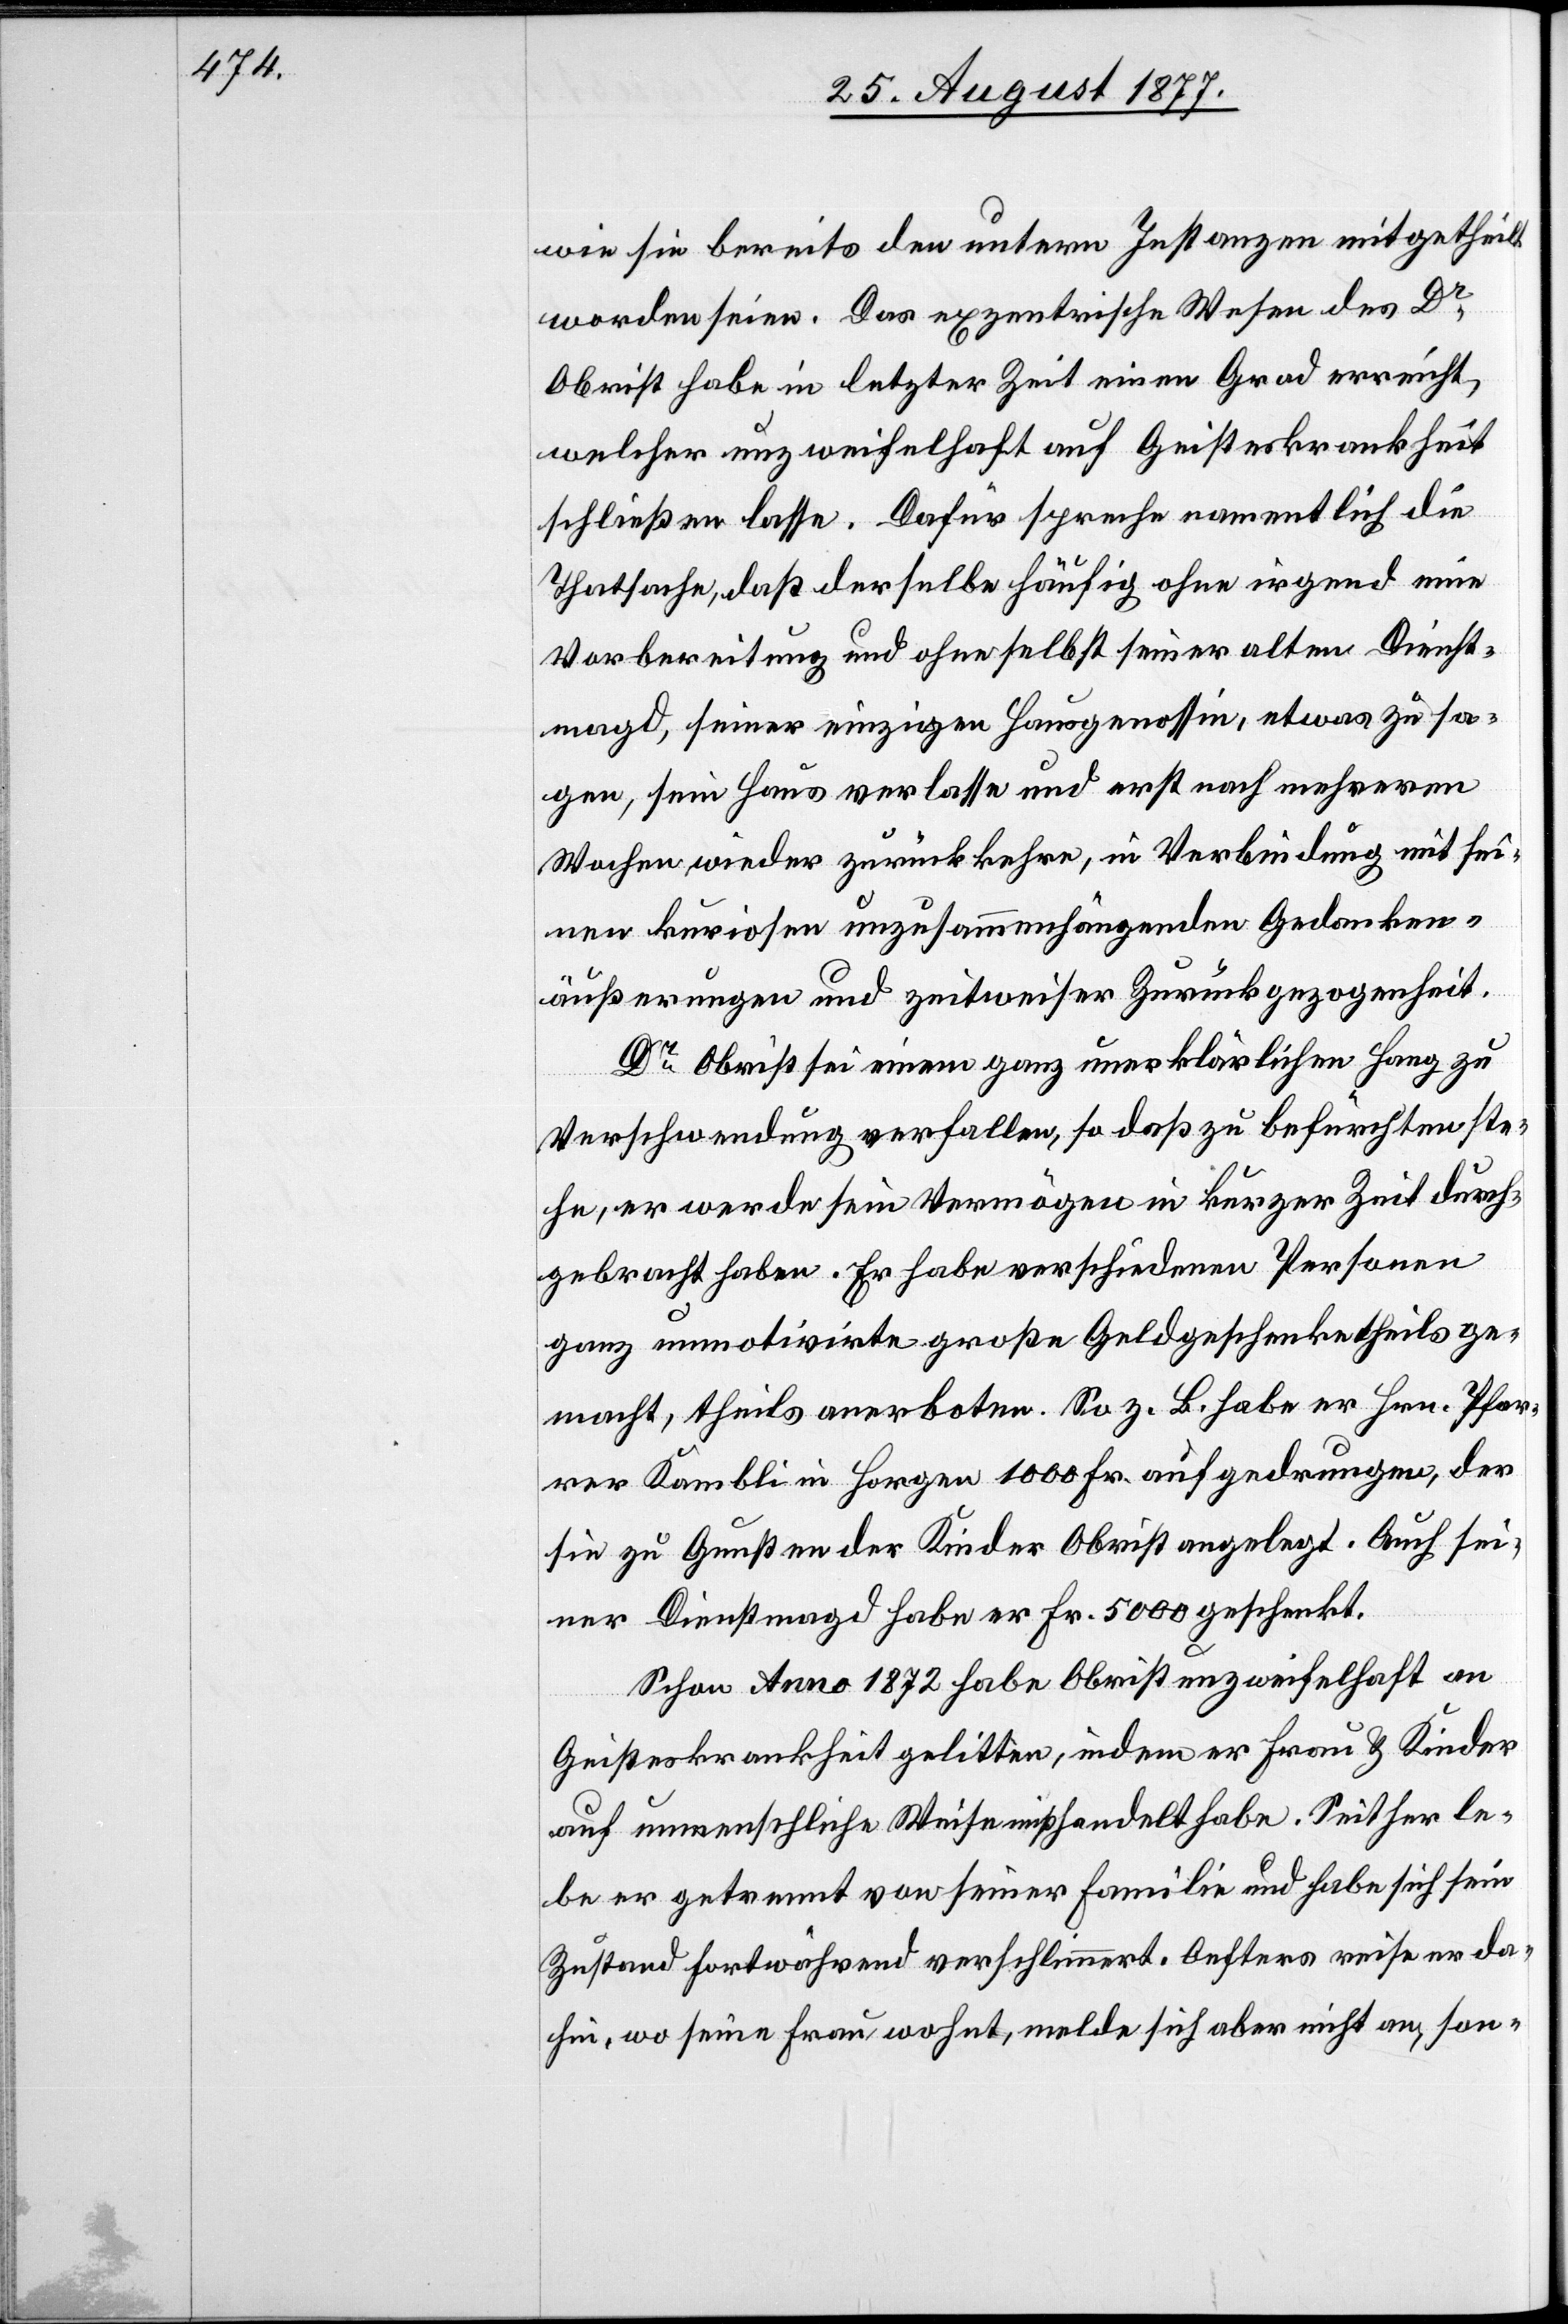
wie sie bereits den untern Instanzen mitgetheilt
worden seien. Das exzentrische Wesen des Dr
Obrist habe in letzter Zeit einen Grad erreicht,
welcher unzweifelhaft auf Geisteskrankheit
schließen lasse. Dafür spreche namentlich die
Thatsache, daß derselbe häufig ohne irgend eine
Vorbereitung und ohne selbst seiner alten Dienst¬
magd, seiner einzigen Hausgenossin, etwas zu sa¬
gen, sein Haus verlasse und erst nach mehreren
Wochen wieder zurückkehre, in Verbindung mit sei¬
nen kuriosen unzusammenhängenden Gedanken¬
äußerungen und zeitweiser Zurückgezogenheit.
Dr Obrist sei einem ganz unerklärlichen Hang zu
Verschwendung verfallen, so daß zu befürchten ste¬
he, er werde sein Vermögen in kurzer Zeit durch¬
gebracht haben. Er habe verschiedenen Personen
ganz unmotivirte große Geldgeschenke theils ge¬
macht, theils anerboten. So z. B. habe er Hrn. Pfar¬
rer Kambli in Horgen 1000 Fr. aufgedrungen, der
sie zu Gunsten der Kinder Obrist angelegt. Auch sei¬
ner Dienstmagd habe er Fr. 5000 geschenkt.
Schon Anno 1872 habe Obrist unzweifelhaft an
Geisteskrankheit gelitten, indem er Frau & Kinder
auf unmenschliche Weise mißhandelt habe. Seither le¬
be er getrennt von seiner Familie und habe sich sein
Zustand fortwährend verschlimmert. Oefters reise er da¬
hin, wo seine Frau wohnt, melde sich aber nicht an, son-